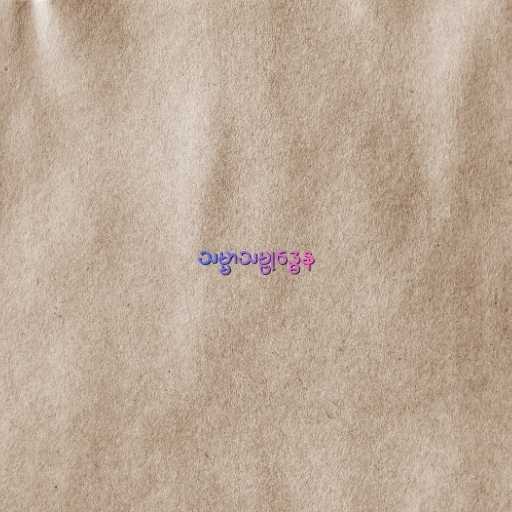
သမ္မာသမ္ဗုဒ္ဓေန